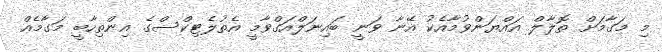
މި މަގާމަށް ތޮލާލް އައްޔަންވުމާއެކު އޭނާ ވަނީ ބައިނަލްއަގްވާމީ އެތުލެޓިކްސްގެ އިންތިހާބީ މަގާމެއް